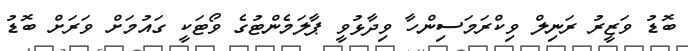
ބޮޑު ވަޒީރު ރަނިލް ވިކްރަމަސިންހާ ވިދާޅުވީ ޕާލަމެންޓުގެ ވޯޓަކީ ގައުމަށް ވަރަށް ބޮޑު